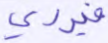
فيردي